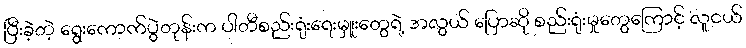
ပြီးခဲ့တဲ့ ရွေးကောက်ပွဲတုန်းက ပါတီစည်းရုံးရေးမှူးတွေရဲ့ အလွယ် ပြောဆို စည်းရုံးမှုတွေကြောင့် လူငယ်